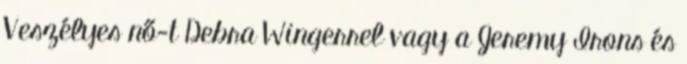
Veszélyes nő-t Debra Wingerrel vagy a Jeremy Irons és